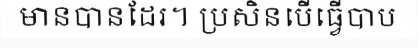
មានបានដែរ។ ប្រសិនបើធ្វើបាប